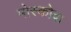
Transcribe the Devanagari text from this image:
मोस्कोवा